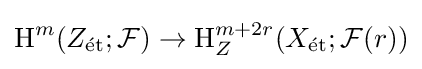
\operatorname {H} ^{m}(Z_{\text{ét}};{\mathcal {F}})\to \operatorname {H} _{Z}^{m+2r}(X_{\text{ét}};{\mathcal {F}}(r))